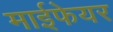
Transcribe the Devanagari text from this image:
माईफेयर